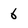
Character: 6